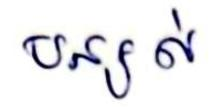
បន្សល់